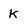
Character: k